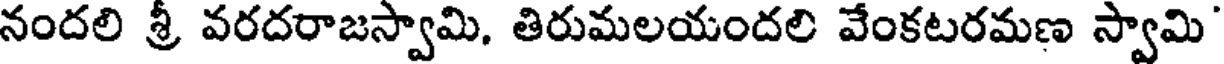
నందలి శ్రీ వరదరాజస్వామి, తిరుమలయందలి వేంకటరమణ స్వామి